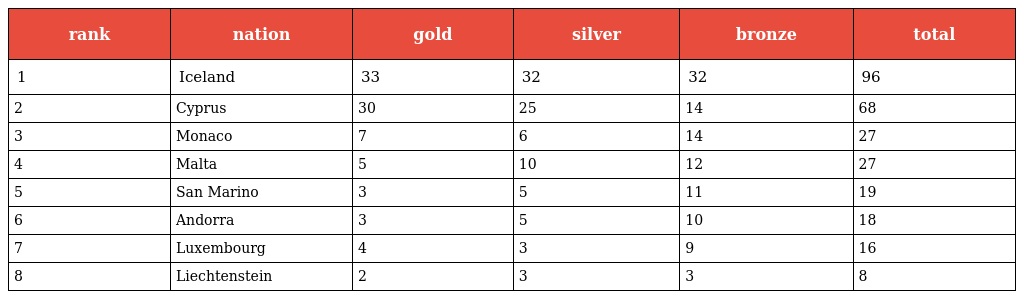
| rank | nation | gold | silver | bronze | total |
 | --- | --- | --- | --- | --- | --- |
 | 1 | Iceland | 33 | 32 | 32 | 96 |
 | 2 | Cyprus | 30 | 25 | 14 | 68 |
 | 3 | Monaco | 7 | 6 | 14 | 27 |
 | 4 | Malta | 5 | 10 | 12 | 27 |
 | 5 | San Marino | 3 | 5 | 11 | 19 |
 | 6 | Andorra | 3 | 5 | 10 | 18 |
 | 7 | Luxembourg | 4 | 3 | 9 | 16 |
 | 8 | Liechtenstein | 2 | 3 | 3 | 8 |